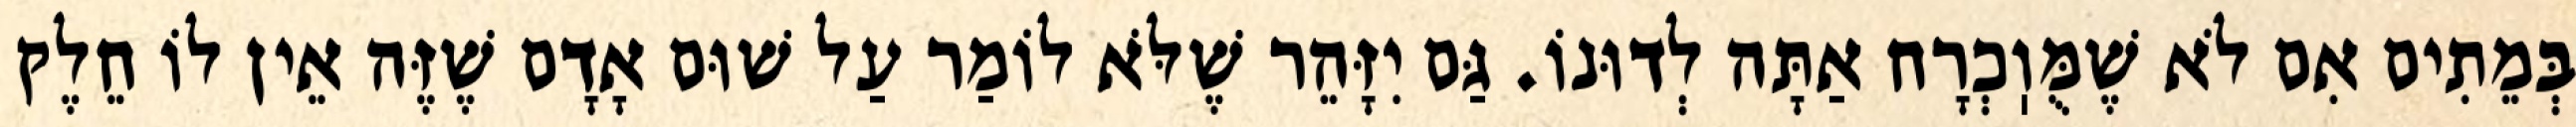
בְּמֵתִים אִם לֹא שֶׁמֻּוֽכְרָח אַתָּה לְדוּנוֹ. גַּם יִזָּהֵר שֶׁלֹּא לוֹמַר עַל שׁוּם אָדָם שֶׁזֶּה אֵין לוֹ חֵלֶק